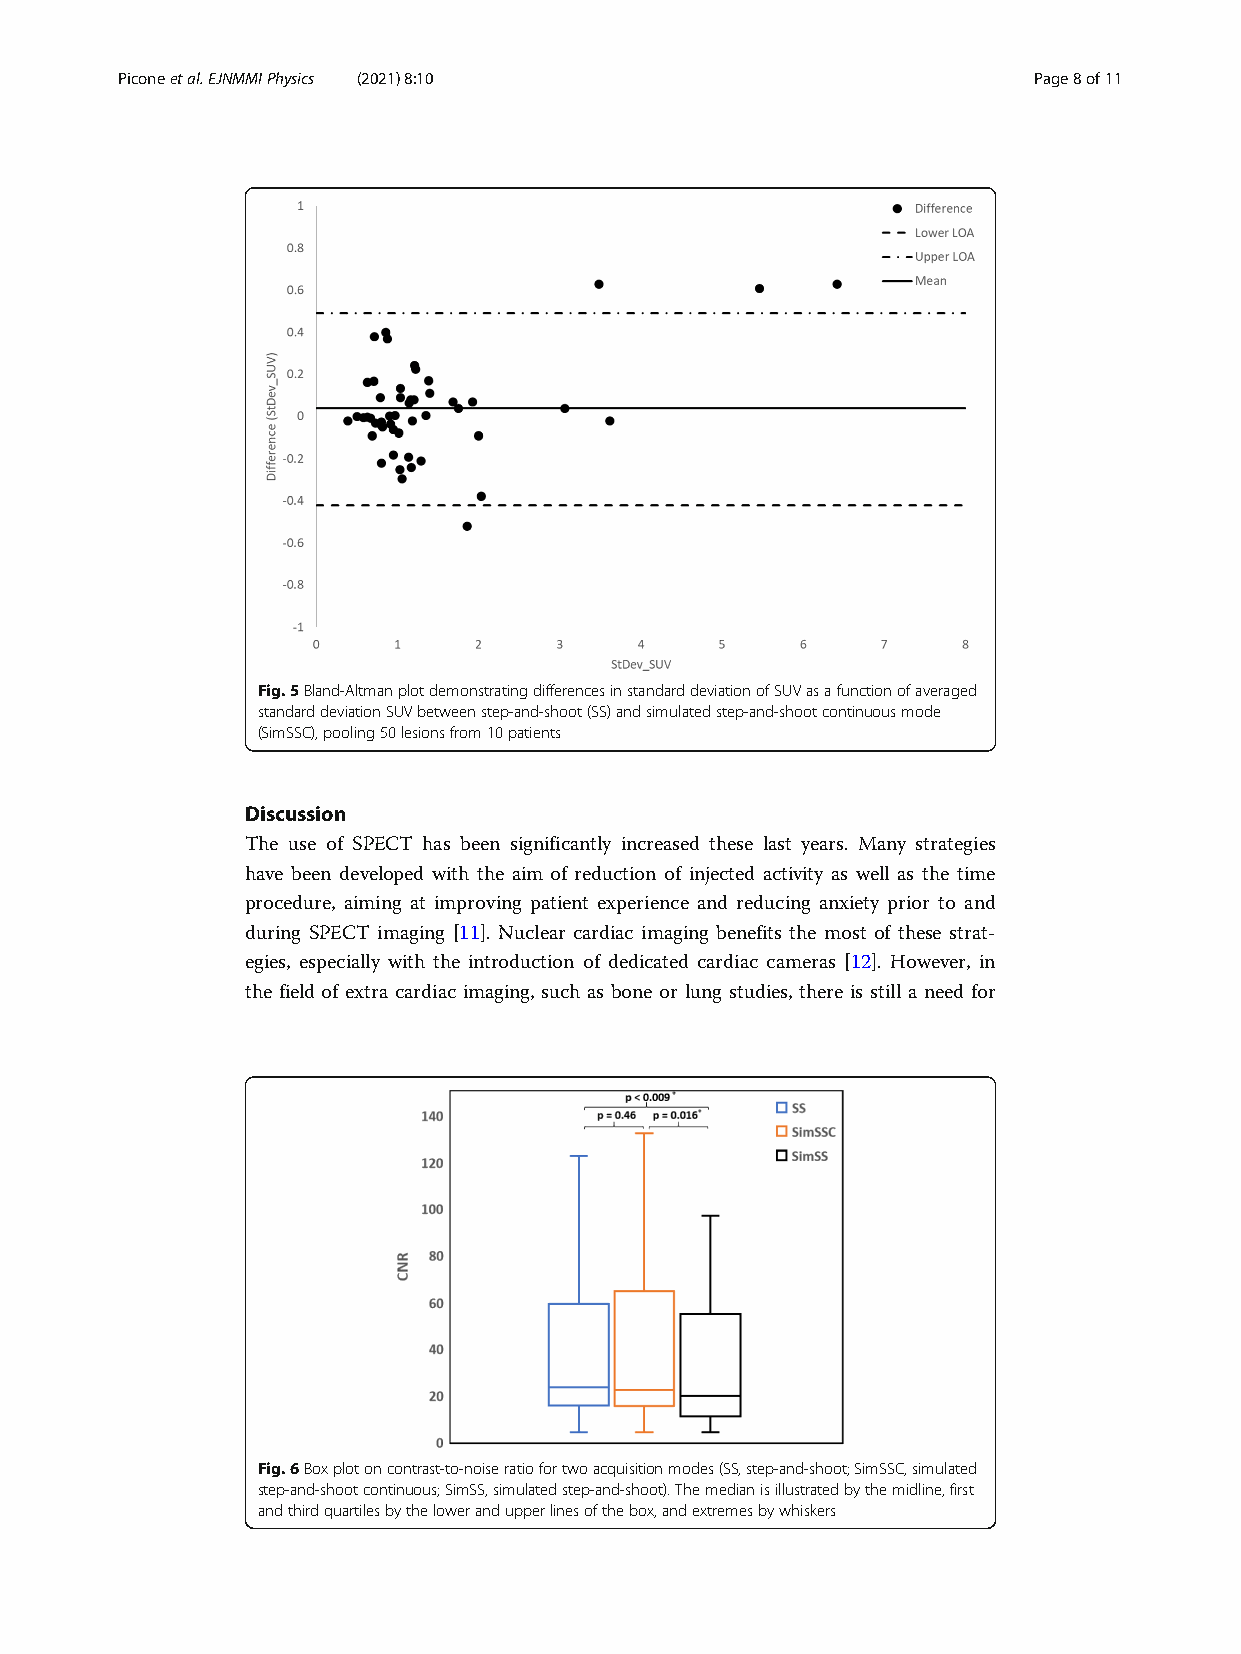
Piconeetal.EJNMMIPhysics (2021) 8:10                        Page8of11
 Fig.5Bland-AltmanplotdemonstratingdifferencesinstandarddeviationofSUVasafunctionofaveraged
 standarddeviationSUVbetweenstep-and-shoot(SS)andsimulatedstep-and-shootcontinuousmode
 (SimSSC),pooling50lesionsfrom10patients
 Discussion
 The use of SPECT has been significantly increased these last years. Many strategies
 have been developed with the aim of reduction of injected activity as well as the time
 procedure, aiming at improving patient experience and reducing anxiety prior to and
 during SPECT imaging [11]. Nuclear cardiac imaging benefits the most of these strat-
 egies, especially with the introduction of dedicated cardiac cameras [12]. However, in
 the field of extra cardiac imaging, such as bone or lung studies, there is still a need for
 Fig.6Boxplotoncontrast-to-noiseratiofortwoacquisitionmodes(SS,step-and-shoot;SimSSC,simulated
 step-and-shootcontinuous;SimSS,simulatedstep-and-shoot).Themedianisillustratedbythemidline,first
 andthirdquartilesbythelowerandupperlinesofthebox,andextremesbywhiskers